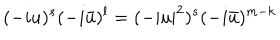
LaTeX: ( - i u ) ^ { s } ( - i \bar { u } ) ^ { l } = ( - | u | ^ { 2 } ) ^ { s } ( - i \bar { u } ) ^ { m - k }